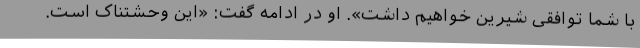
با شما توافقی شیرین خواهیم داشت». او در ادامه گفت: «این وحشتناک است.